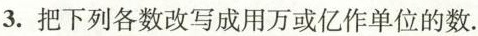
3.把下列各数改写成用万或亿作单位的数.